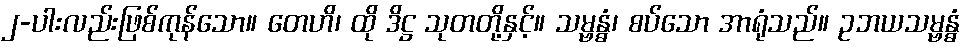
၂-ပါးလည်းဖြစ်ကုန်သော။ တေဟိ၊ ထို ဒိဋ္ဌ သုတတို့နှင့်။ သမ္ဗန္ဓံ၊ စပ်သော အာရုံသည်။ ဥဘယသမ္ဗန္ဓံ